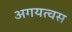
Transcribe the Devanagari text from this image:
अगयत्वस